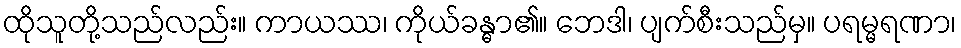
ထိုသူတို့သည်လည်း။ ကာယဿ၊ ကိုယ်ခန္ဓာ၏။ ဘေဒါ၊ ပျက်စီးသည်မှ။ ပရမ္မရဏာ၊